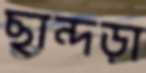
ছান্দড়া